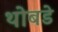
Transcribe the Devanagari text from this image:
थोबडे